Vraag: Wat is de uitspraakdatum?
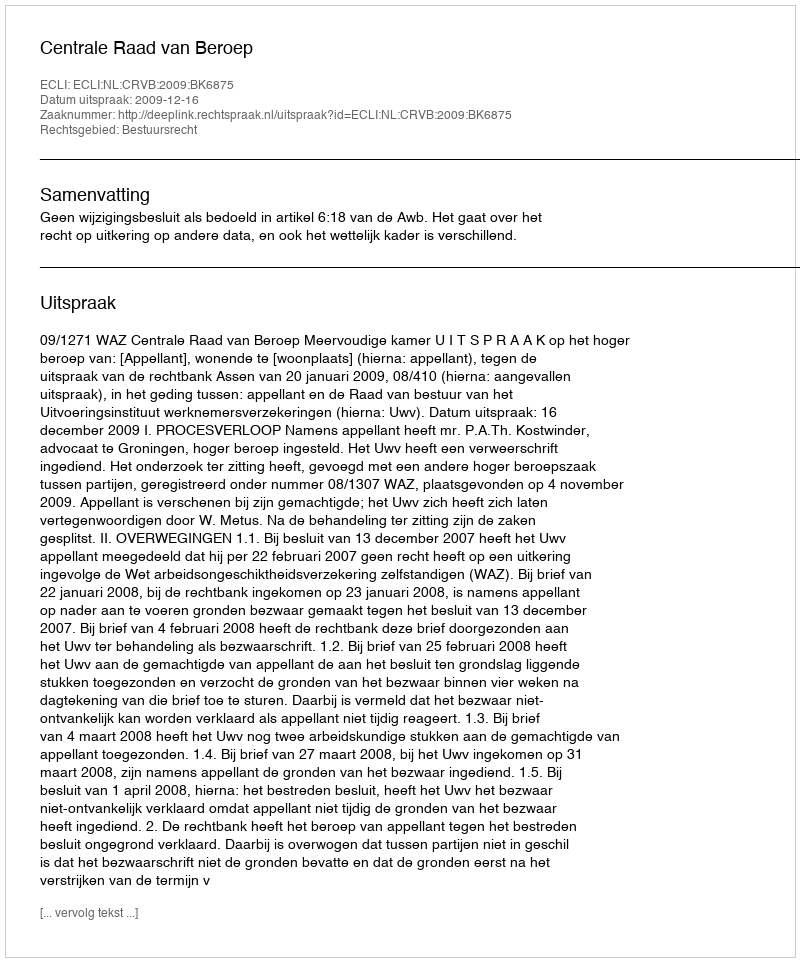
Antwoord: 2009-12-16